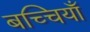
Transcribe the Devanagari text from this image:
बच्चियाँ